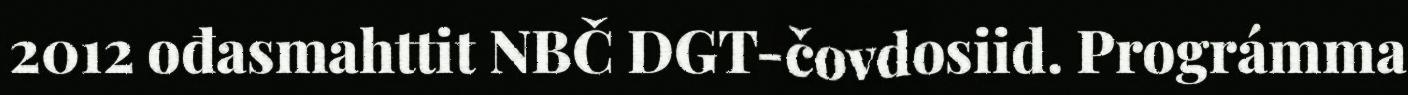
2012 ođasmahttit NBČ DGT-čovdosiid. Prográmma